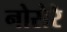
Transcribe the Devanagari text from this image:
नोसेरे